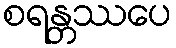
စရန္တဿပေ